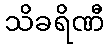
သိခရိဏီ